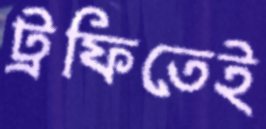
ট্রফিতেই